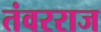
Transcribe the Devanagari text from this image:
तंवरराज